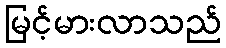
မြင့်မားလာသည်